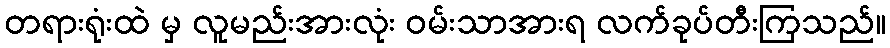
တရားရုံးထဲ မှ လူမည်းအားလုံး ဝမ်းသာအားရ လက်ခုပ်တီးကြသည်။